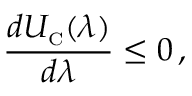
\frac { d U _ { \scriptscriptstyle \mathrm { C } } ( \lambda ) } { d \lambda } \leq 0 \, ,